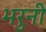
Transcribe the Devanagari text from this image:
भरुनी